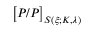
\big [ P / P \big ] _ { S ( \xi ; K , \lambda ) }